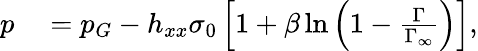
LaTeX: \begin{array}{rl}{p}&{{}=p_{G}-h_{xx}\sigma_{0}\left[1+\beta\ln\left(1-\frac{\Gamma}{\Gamma_{\infty}}\right)\right],}\end{array}